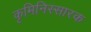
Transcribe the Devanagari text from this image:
कृमिनिस्सारक